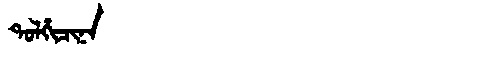
Manchu: ᡨᠣᠯᡥᡳᠴᡳᠨᠠ
Romanization: TOLHICINA